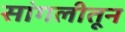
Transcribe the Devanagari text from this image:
सांगलीतून